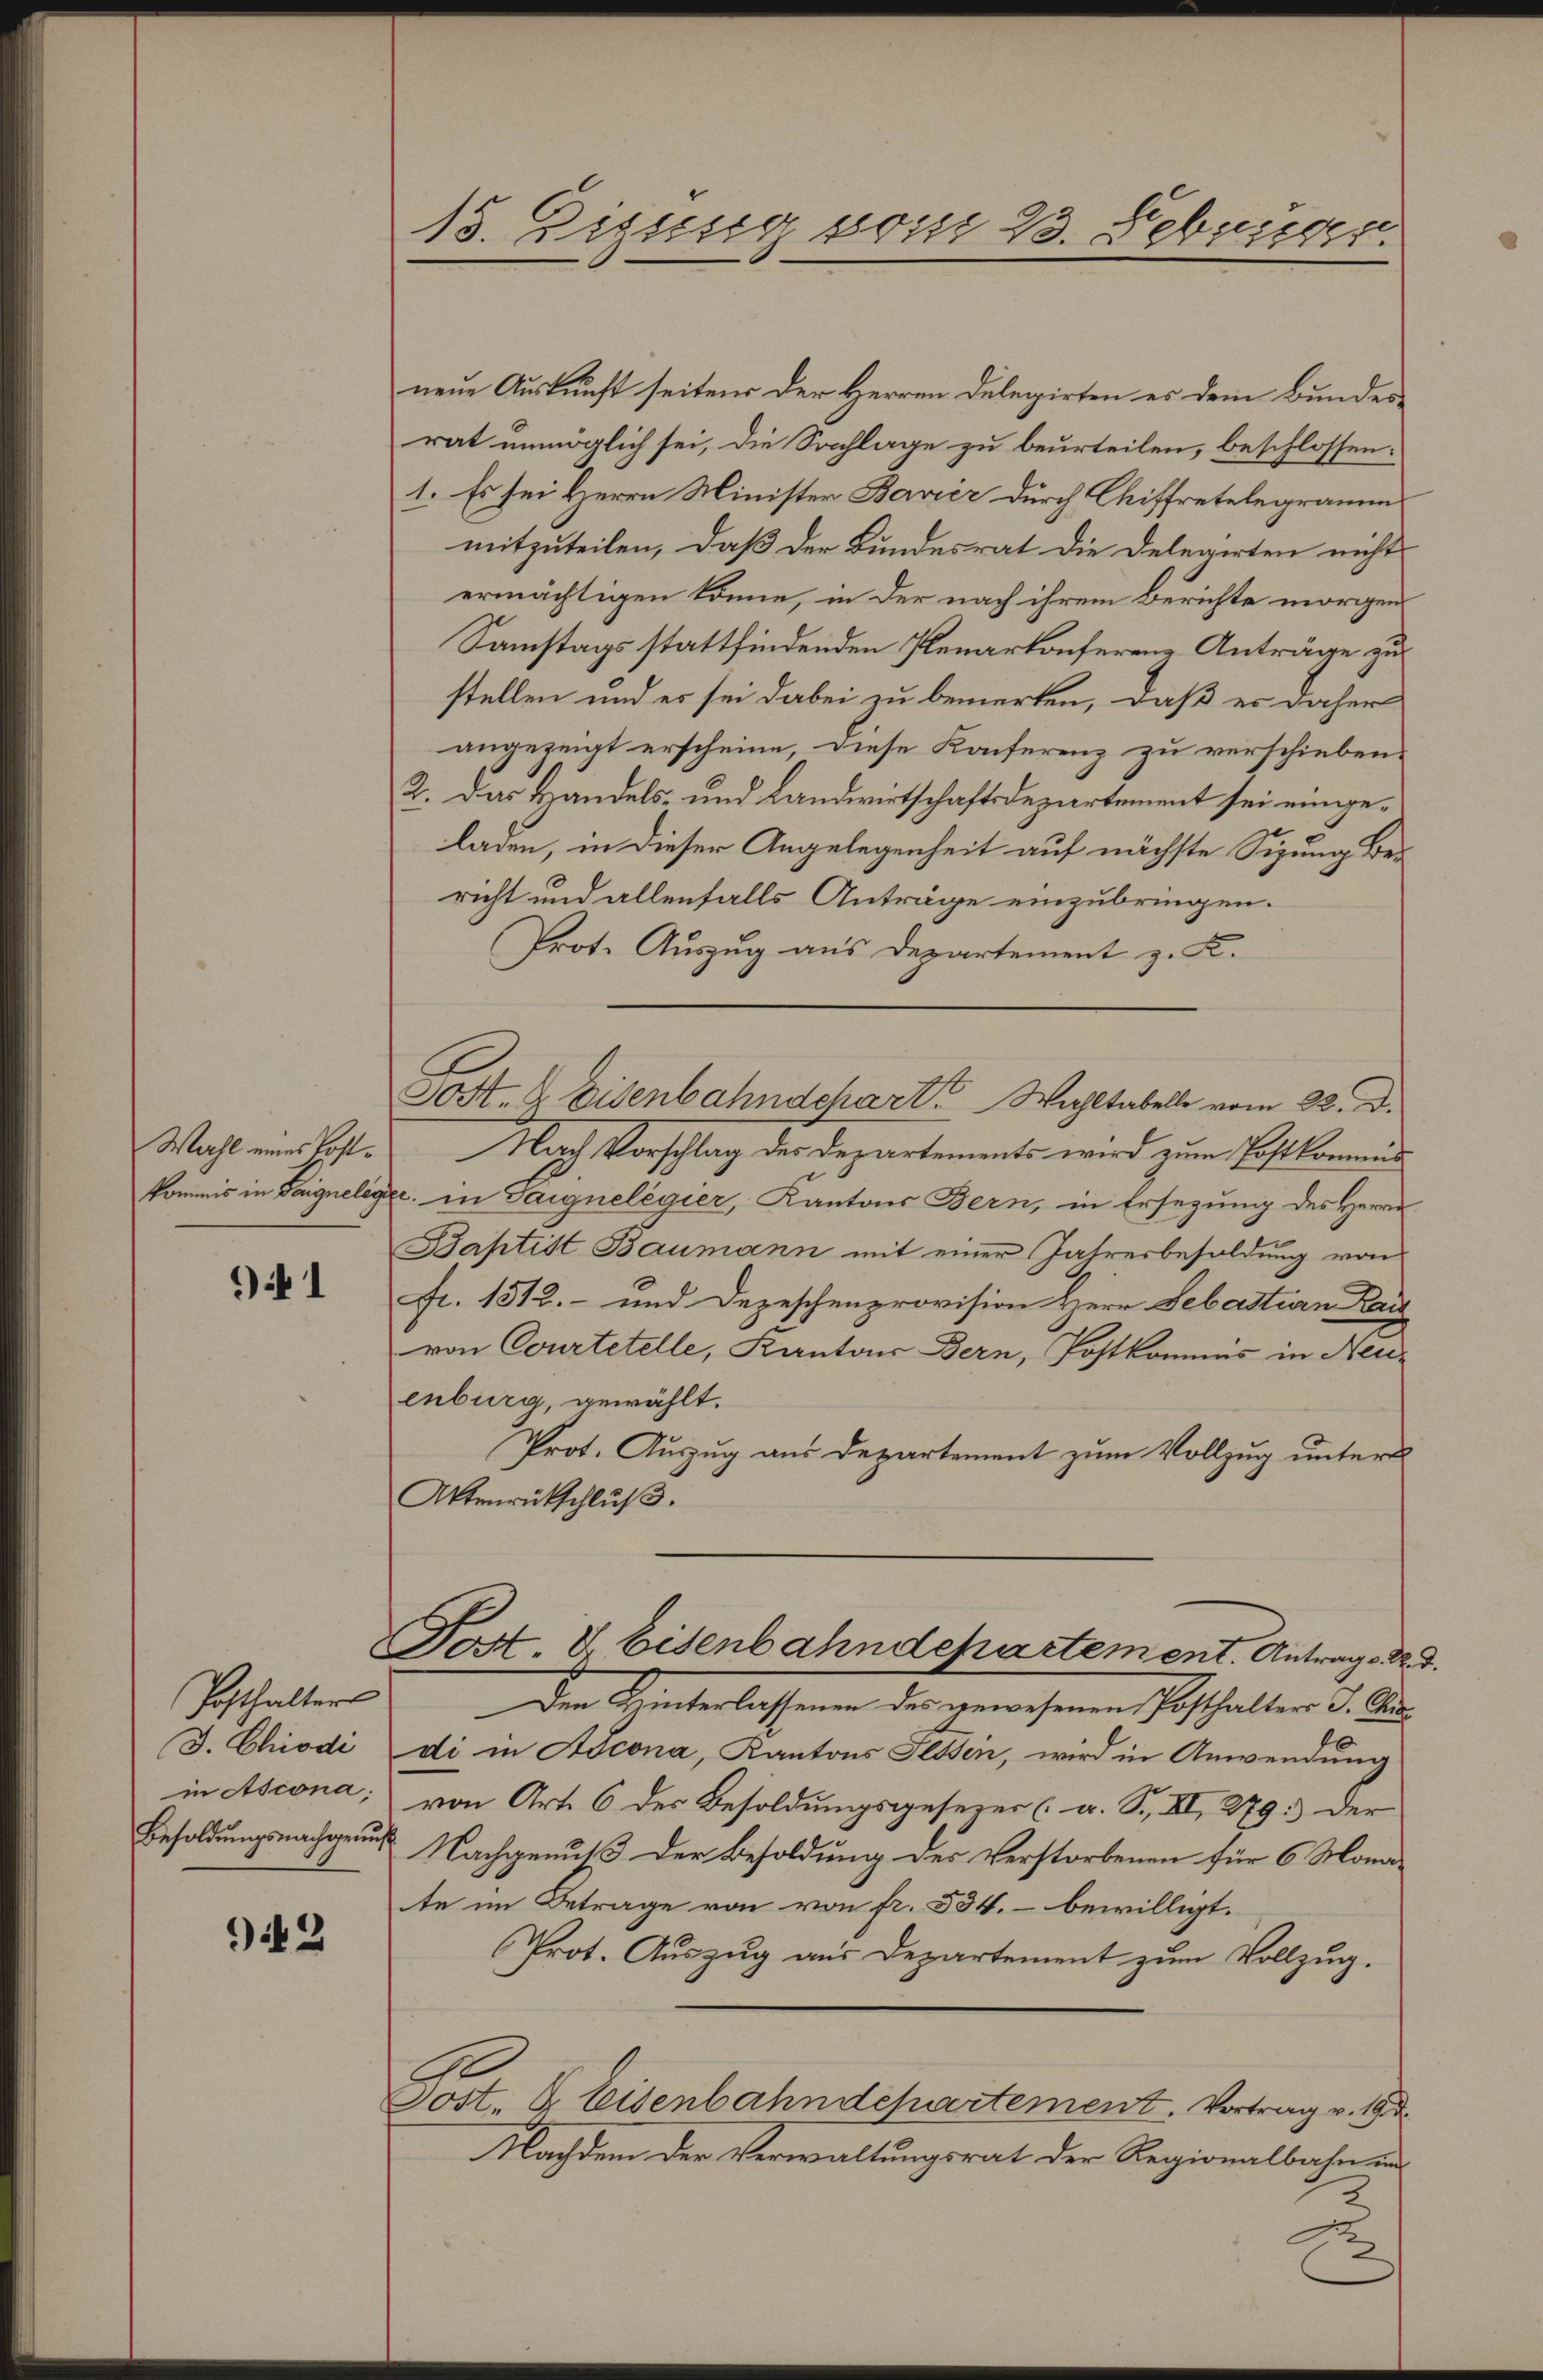
)  1

Posthalter
J. Chiodi

942

13. Dissesig vom 23. Februgg.

neue Auskunft seitens der Herren Delegirten es dem Bundes-
rat unmöglich sei, die Sachlage zu beurteilen, beschlossen:
1. Es sei Herrn Minister Bavier durch Chiffretelegramm
mitzuteilen, daß der Bundesrat die Delegirten nicht
ermächtigen könne, in der nach ihrem Berichte morgen
Samstags stattfindenden Plenarkonferenz Anträge zu
stellen und es sei dabei zu bemerken, daß es daher
angezeigt erscheine, diese Konferenz zu verschieben.
2. Das Handels- und Landwirtschaftsdepartement sei eingeladen, in dieser Angelegenheit auf nächste Sizung bericht und allenfalls Anträge einzubringen.
Prot. Auszug aus Departement z. K.
Wahl eines hast. Nach Vorschlag der Departements wird zum Postkommend
kommis in Sargnelege, in Saignelegier, Kantons Bern, in Ersezung des Herrn
Baptist Baumann mit einer Jahresbesoldung von
fr. 1512.- und Depeschenprovision Herr Sebastian Kais
von Courtetelle, Kantons Bern, Postkommis in Neu-
enburg, gewählt.
Prot. Auszug aus Departement zum Vollzug unter
Aktenrütschlŭβ
Post 8 Eisenbahndchartement. Antrage d
Den Hinterlassenen des gewesenen Posthalter J. And
di in Adcona, Kantons Fessen, wird in Anwendung
in Ascona; von Art. 6 des Besoldungsgesezer (a. S. XI, 279. Der
Besoldungsnachgenus Nachgenuß der Besoldung des Verstorbenen für 6 Monate im Betrage von von fr. 534. bewilligt.
Prot. Auszug aus Departement zum Vollzug.
e
Sost. B. Eisenbahndepartement. Vortrag v. 19. d.
Nachdem der Verwaltungsrat der Regionalbahn un

Jost & Eisenbahndchart Wahltabelle vom 22. d.

C

3.